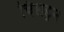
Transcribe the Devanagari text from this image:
चिलड्रन